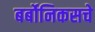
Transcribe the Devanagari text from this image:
बर्बोनिकसचे